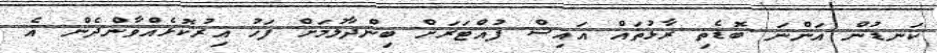
ކަނޑުން އަންނަ ބޮޑެތި ރާޅުތައް އައިސް ފުއްޓަރަށް ބިންދާލުމަށް ފަހު އިރުކޮޅެއްވާންދެން އެ